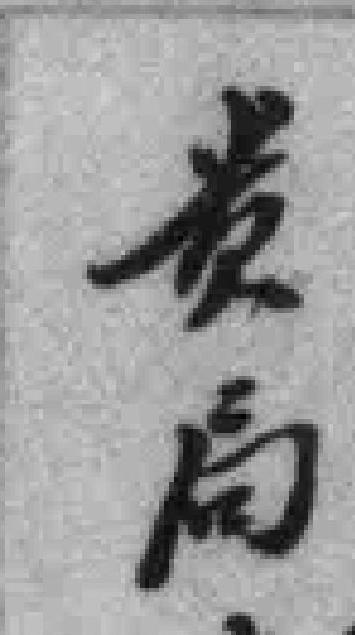
贵局